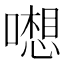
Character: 𱔵